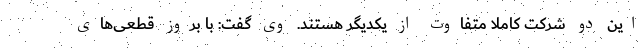
این دو شرکت کاملا متفاوت از یکدیگر هستند. وی گفت: با بروز قطعی‌های